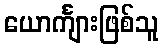
ယောင်္ကျားဖြစ်သူ